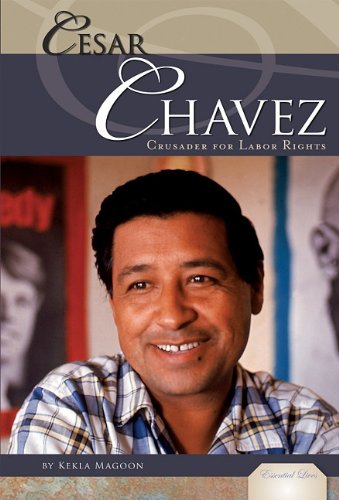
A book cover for Cesar Chavez: Crusader for Labor Rights (Essential Lives); Kekla Magoon; Teen & Young Adult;